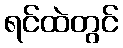
ရင်ထဲတွင်